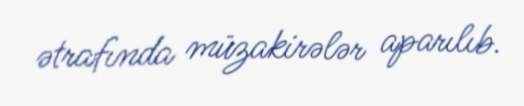
ətrafında müzakirələr aparılıb.